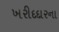
ખરીદદારના